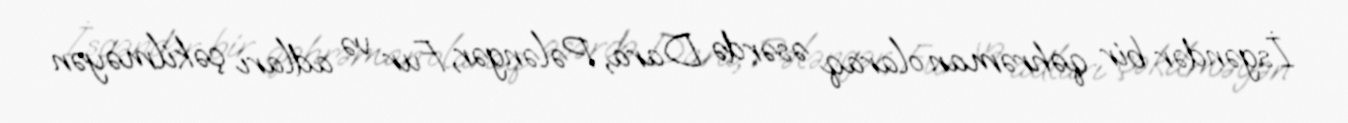
İsgəndər bir qəhrəman olaraq əsərdə Dara, Pələngər, Fur və adları çəkilməyən